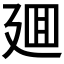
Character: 廽